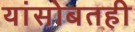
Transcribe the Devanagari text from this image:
यांसोबतही